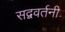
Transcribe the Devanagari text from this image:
सद्ववर्तनी